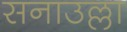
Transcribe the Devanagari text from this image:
सनाउल्ला